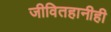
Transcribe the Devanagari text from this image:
जीवितहानीही